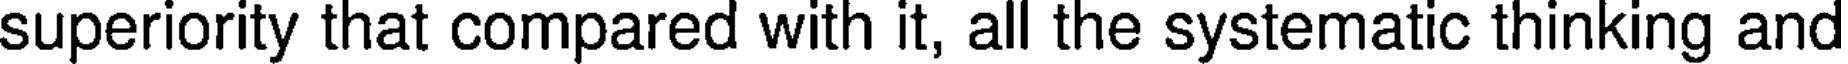
superiority that compared with it, all the systematic thinking and